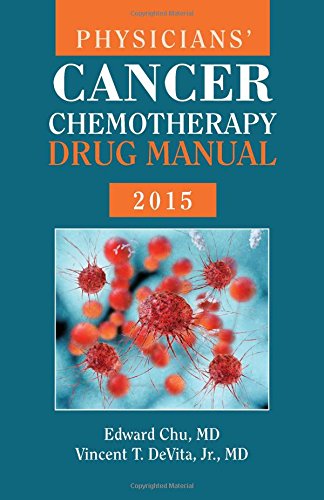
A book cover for Physicians' Cancer Chemotherapy Drug Manual 2015; Edward Chu; Medical Books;